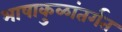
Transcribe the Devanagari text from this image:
भाषाकुळांतर्गत